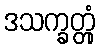
ဒသက္ခတ္တုံ